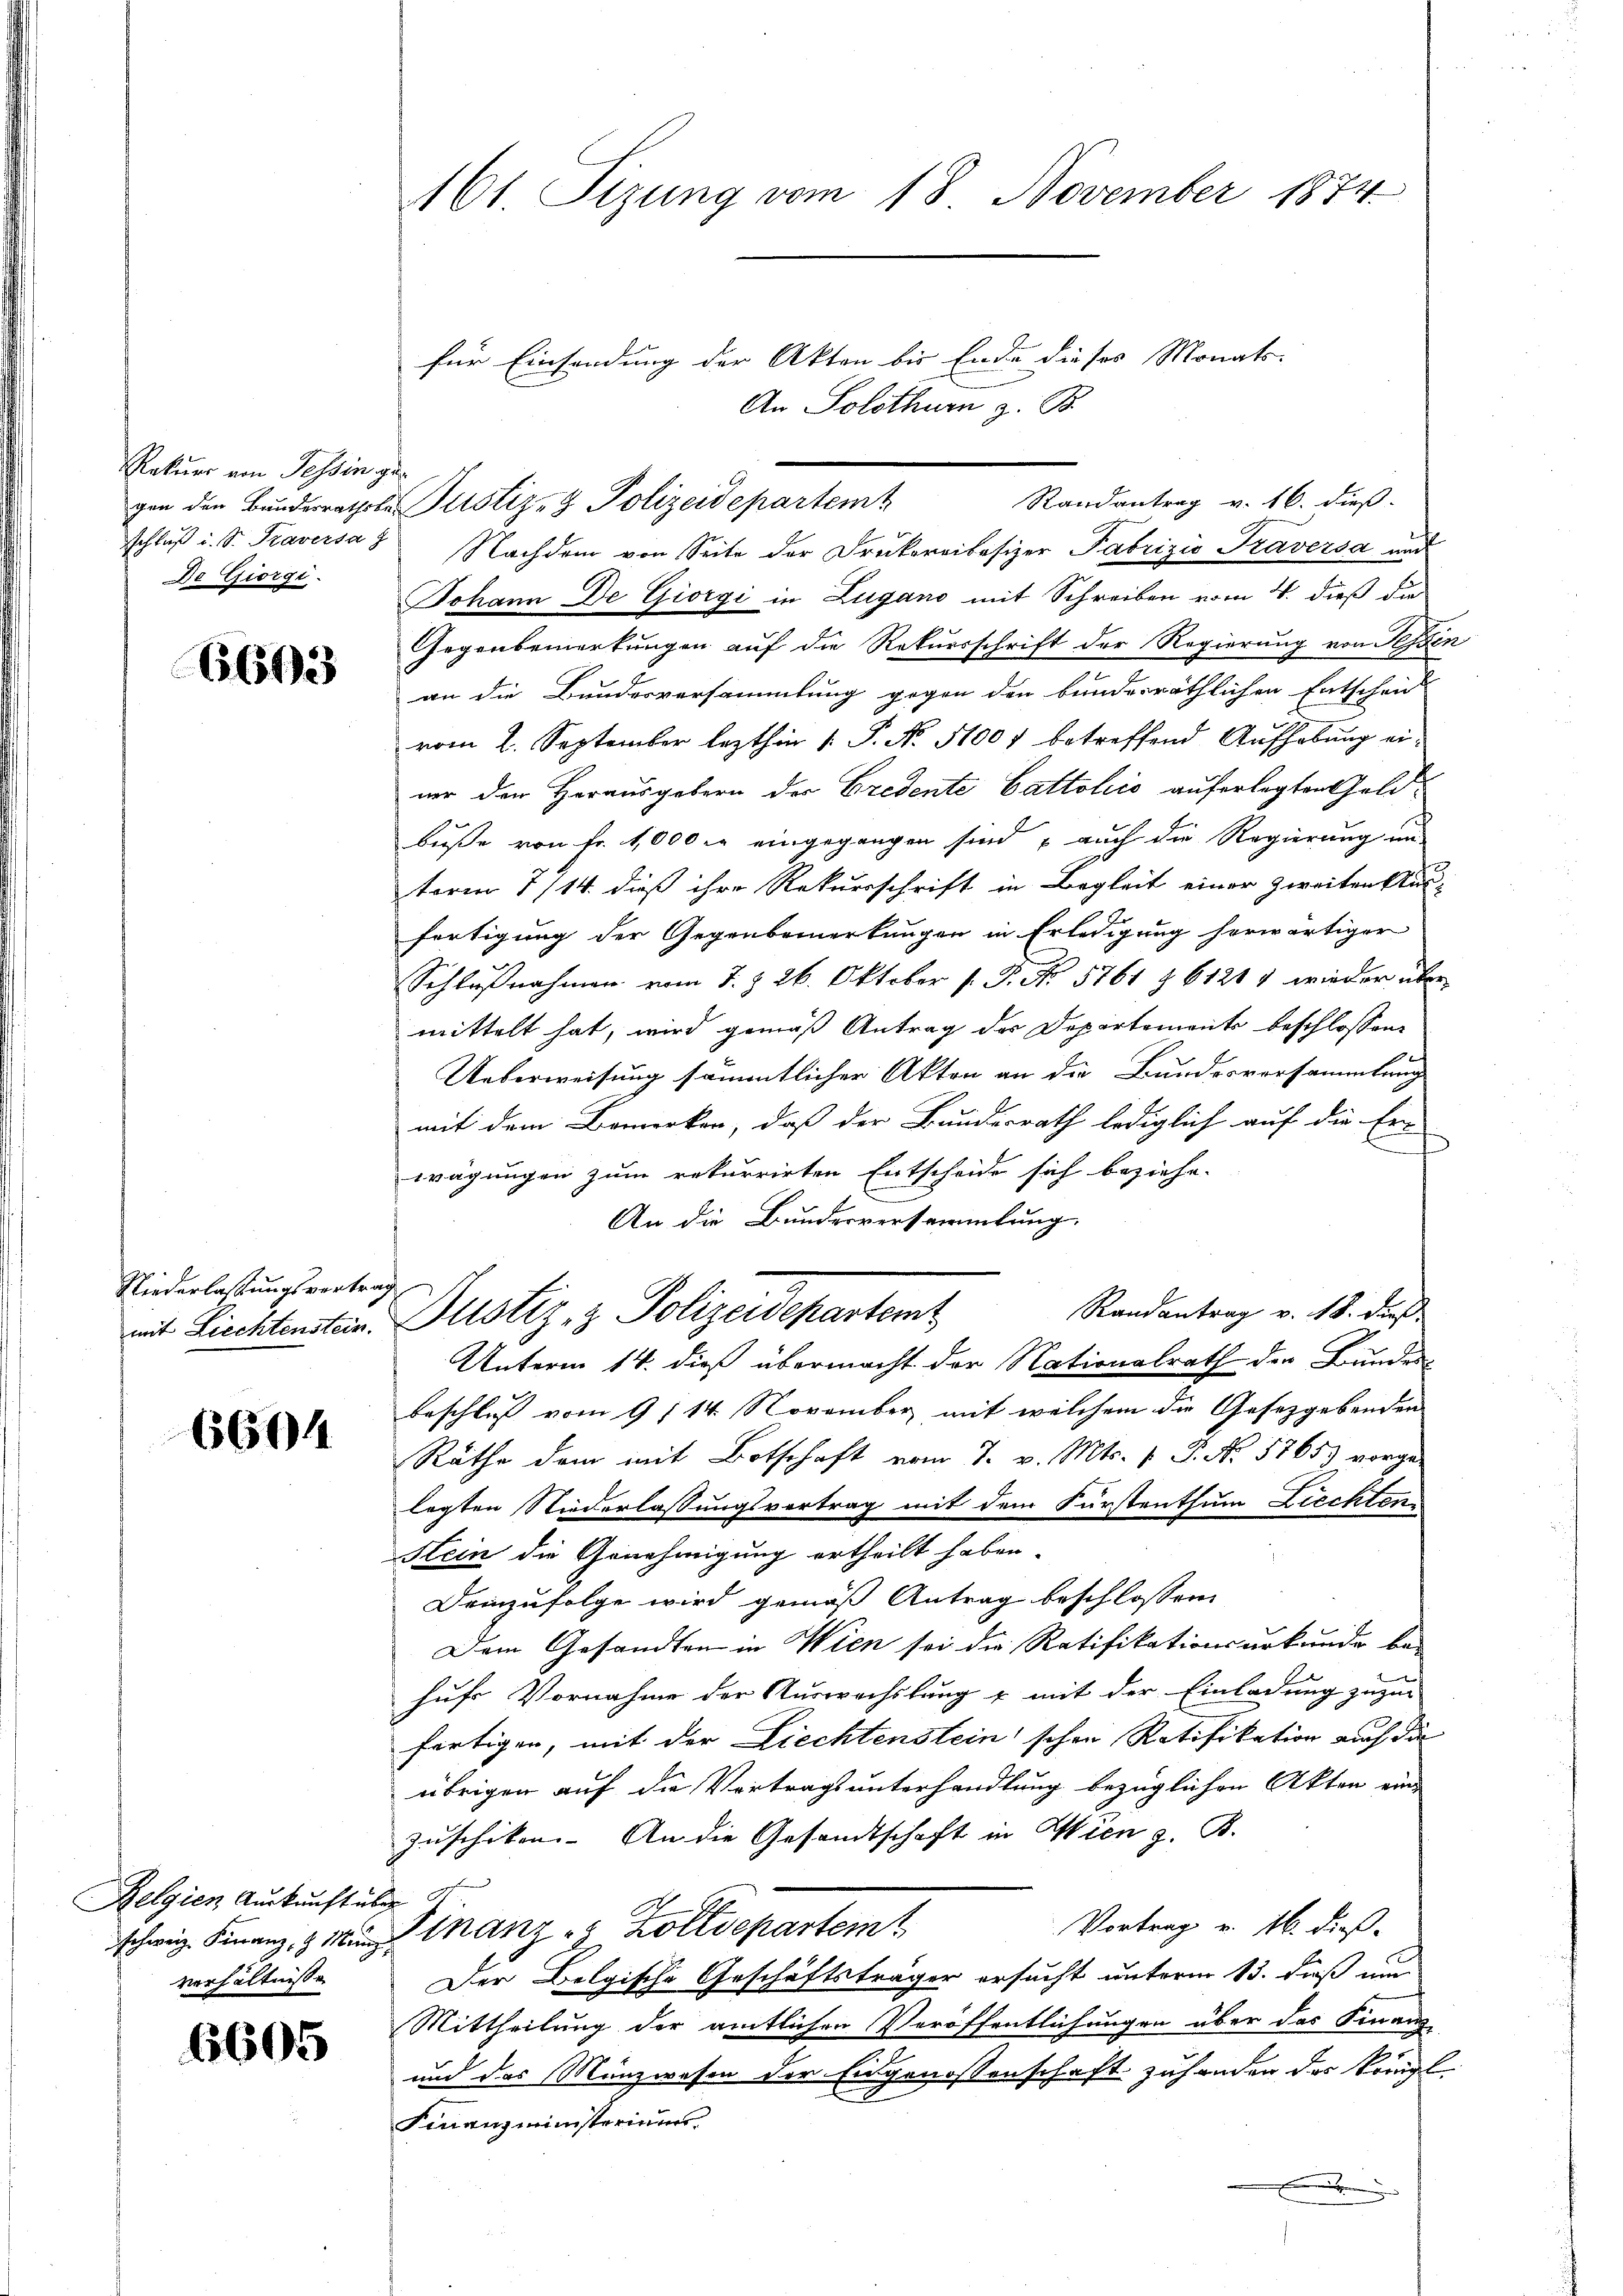
Rekurs von Tessin ge¬
De Giorgi

6693

Niederlassungsvertrag

6604

Belgien Auskunft über
verhältnisse

6605

für Einsendung der Akten bis Ende dieses Monats-
An Solothurn z. B.
Randantrag v. 16. dieß.
gen den Bunderrathete Justiz- & Polizeidepartemt
schluß i. S. Traversa & Nachdem von Seite der Drukereibesizer Fabrizio Traversa und
Johann De Giorgi in Lugano mit Schreiben vom 4. dieß die
Gegenbemerkungen auf die Rekursschrift der Regierung von Tessin
an die Bundesversammlung gegen den bunderräthlichen Entscheid
vom 2. September lezthin 1. P. No. 51007 betreffend Aufhebung ei-
ner den Herausgebern der Credente Cattolić auferlegten Goldbuße von Fr. 1000 er eingegangen sind auch die Regierung an-
term 7/14. dieß ihre Rekursschrift in Begleit einer zweiten un
fertigung der Gegenbemerkungen in Erledigung herwärtiger
Schlußnahmen vom 7. § 26. Oktober 1. P. No. 5761 § 61214 wieder über
mittelt hat, wird gemäß Antrag des Departements beschlossene
Ueberweisung sämmtlicher Akten an die Bundesversammlung
mit dem Bemerken, daß der Bundesrath lediglich auf die Er
f
wägungen zum rekurrirten Entscheide sich beziehe.
An die Bundesversammlung.
Randantrag v. 18. dieß
mit Liechtensten Justiz & Polizeidepartent
Unterm 14. dieß übermacht der Nationalrath der Bundes-
Beschluß vom 9/14. November mit welchem die Gesetzgebenden
Räthe dem mit Botschaft vom 7. v. Mts. 1 P. Nr. 1765) vorge-
lagten Niederlassungsvertrag mit dem Fürstenthum Ziechten
Stein die Genehmigung ertheilt haben.
demzufolge wird gemäß Antrag beschlossen:
Dem Gesandten in Wien sei die Ratifikationsurkunde be-
hufs Vornahme der Nurwachslung & mit der Einladung zuzu-
fertigen, mit der Liechtenstein schon Ratifikation auch die
übrigen auf die Vortragsunterhandlung bezüglichen Akten ein-
zuschiken. An die Gesandtschaft in Wien z. B.
Vortrag v. 16. dieß.
schweiz. Finanz, 9. Mainanz - Zolldepartem
Der Belgische Geschäftsträger ersucht unterm 13. daß nun
Mittheilung der amtlichen Veröffentlichungen über das Finanz-
und das Münzwesen der Eidgenossenschaft zuhanden das Königl.
E
Finanzministeriums
e

161. Sizung vom 18. November 1874